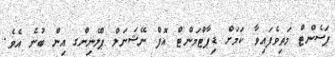
ޕަސެންޓް މަތިވެފައިވާ ކަމަށް ޑިޕާޓްމަންޓް އޮފް ނޭޝަނަލް ޕްލޭނިންގ އިން ބުނެ އެވެ.